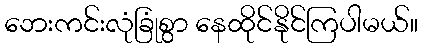
ဘေးကင်းလုံခြုံစွာ နေထိုင်နိုင်ကြပါမယ်။